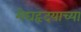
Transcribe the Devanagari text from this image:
मेघहृदयाच्या